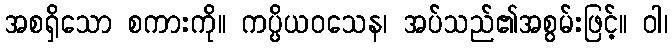
အစရှိသော စကားကို။ ကပ္ပိယဝသေန၊ အပ်သည်၏အစွမ်းဖြင့်။ ဝါ၊